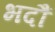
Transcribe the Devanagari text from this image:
भदौं